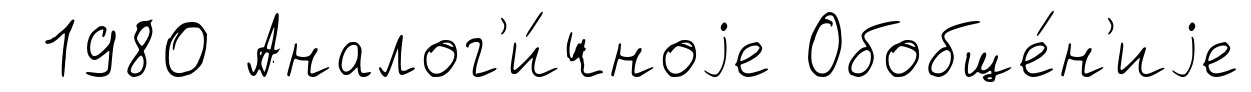
1980 Аналог'и́чноjе Обобще́н'иjе